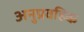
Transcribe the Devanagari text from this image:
अनुप्रवहिक